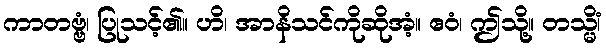
ကာတဗ္ဗံ၊ ပြုသင့်၏။ ဟိ၊ အာနိသင်ကိုဆိုအံ့။ ဧဝံ၊ ဤသို့။ တသ္မိံ၊